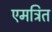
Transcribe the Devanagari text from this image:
एमत्रित